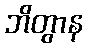
ဘိတွာန